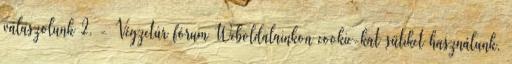
válaszolunk 2. - Végzetúr fórum Weboldalainkon cookie-kat sütiket használunk,